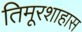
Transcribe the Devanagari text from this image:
तिमूरशाहास